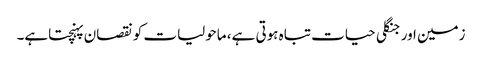
زمین اور جنگلی حیات تباہ ہوتی ہے، ماحولیات کو نقصان پہنچتاہے۔